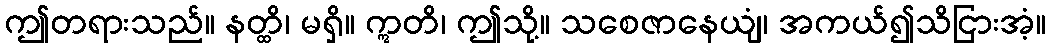
ဤတရားသည်။ နတ္ထိ၊ မရှိ။ ဣတိ၊ ဤသို့။ သစေဇာနေယျံ၊ အကယ်၍သိငြားအံ့။